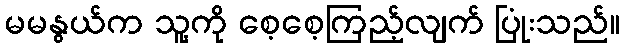
မမနွယ်က သူ့ကို စေ့စေ့ကြည့်လျက် ပြုံးသည်။